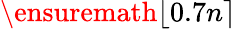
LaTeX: \ensuremath{\lfloor 0.7n\rceil}